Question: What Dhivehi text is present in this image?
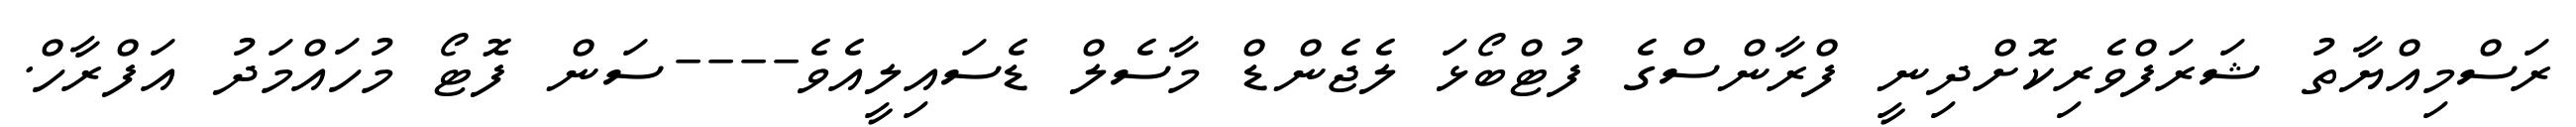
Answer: ރަސްމިއްޔާތު ޝަރަފްވެރިކޮށްދިނީ ފްރާންސްގެ ފުޓްބޯޅަ ލެޖެންޑް މާސެލް ޑެސައިލީއެވެ----ސަން ފޮޓޯ މުހައްމަދު އަފްރާހް.